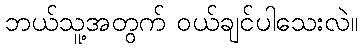
ဘယ်သူ့အတွက် ဝယ်ချင်ပါသေးလဲ။